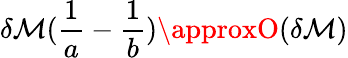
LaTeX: \delta\mathcal{M}(\frac{{1}}{{a}}-\frac{{1}}{{b}})\approxO(\delta\mathcal{M})